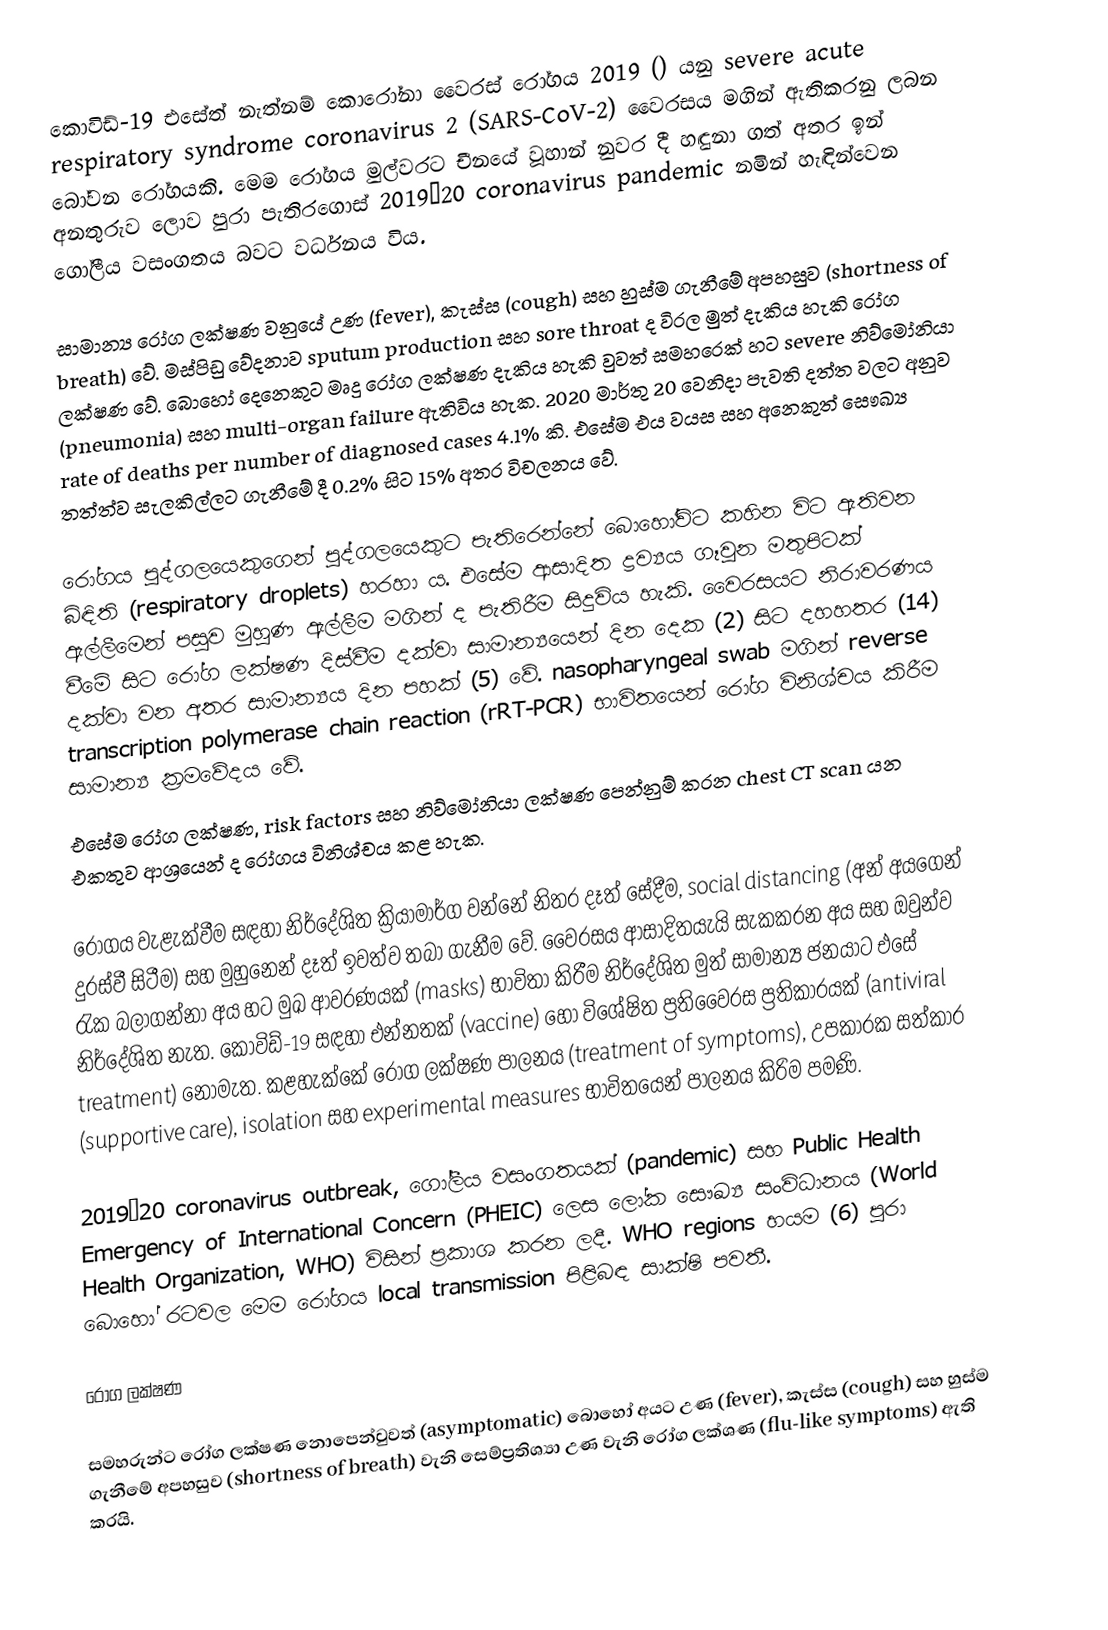
කොවිඩ්-19 එසේත් නැත්නම් කොරෝනා වෛරස් රෝගය 2019 () යනු severe acute respiratory syndrome coronavirus 2 (SARS-CoV-2) වෛරසය මගින් ඇතිකරනු ලබන බෝවන රෝගයකි. මෙම රෝගය මුල්වරට චීනයේ වූහාන් නුවර දී හඳුනා ගත් අතර ඉන් අනතුරුව ලොව පුරා පැතිරගොස් 2019–20 coronavirus pandemic නමින් හැඳින්වෙන ගෝලීය වසංගතය බවට වර්ධනය විය.

සාමාන්‍ය රෝග ලක්ෂණ වනුයේ උණ (fever), කැස්ස (cough) සහ හුස්ම ගැනීමේ අපහසුව (shortness of breath) වේ. මස්පිඩු වේදනාව sputum production සහ sore throat ද විරල මුත් දැකිය හැකි රෝග ලක්ෂණ වේ. බොහෝ දෙනෙකුට මෘදු රෝග ලක්ෂණ දැකිය හැකි වුවත්  සමහරෙක් හට severe නිව්මෝනියා (pneumonia) සහ multi-organ failure ඇතිවිය හැක. 2020 මාර්තු 20 වෙනිදා පැවති දත්ත වලට අනුව rate of deaths per number of diagnosed cases 4.1% කි. එසේම එය වයස සහ අනෙකුත් සෞඛ්‍ය තත්ත්ව සැලකිල්ලට ගැනීමේ දී 0.2% සිට 15% අතර විචලනය වේ.

රෝගය පුද්ගලයෙකුගෙන් පුද්ගලයෙකුට පැතිරෙන්නේ බොහෝවිට කහින විට ඇතිවන බිඳිති (respiratory droplets) හරහා ය. එසේම ආසාදිත ද්‍රව්‍යය ගෑවුන මතුපිටක් ඇල්ලීමෙන් පසුව මුහුණ ඇල්ලීම මගින් ද පැතිරීම සිදුවිය හැකි. වෛරසයට නිරාවරණය වීමේ සිට රෝග ලක්ෂණ දිස්වීම දක්වා සාමාන්‍යයෙන් දින දෙක (2) සිට දහහතර (14) දක්වා වන අතර සාමාන්‍යය දින පහක් (5) වේ. nasopharyngeal swab මගින් reverse transcription polymerase chain reaction (rRT-PCR) භාවිතයෙන් රෝග විනිශ්චය කිරීම සාමාන්‍ය ක්‍රමවේදය වේ.
එසේම රෝග ලක්ෂණ, risk factors සහ නිව්මෝනියා ලක්ෂණ පෙන්නුම් කරන chest CT scan යන එකතුව ආශ්‍රයෙන් ද රෝගය විනිශ්චය කළ හැක.

රෝගය වැළැක්වීම සඳහා නිර්දේශිත ක්‍රියාමාර්ග වන්නේ නිතර දෑත් සේදීම, social distancing (අන් අයගෙන් දුරස්වී සිටීම) සහ මුහුනෙන් දෑත් ඉවත්ව තබා ගැනීම වේ. වෛරසය ආසාදිතයැයි සැකකරන අය සහ ඔවුන්ව රැක බලාගන්නා අය හට මුඛ ආවරණයක් (masks) භාවිතා කිරීම නිර්දේශිත මුත් සාමාන්‍ය ජනයාට එසේ නිර්දේශිත නැත. කොවිඩ්-19 සඳහා එන්නතක් (vaccine) හෝ විශේෂිත ප්‍රතිවෛරස ප්‍රතිකාරයක් (antiviral treatment) නොමැත. කළහැක්කේ රෝග ලක්ෂණ පාලනය (treatment of symptoms), උපකාරක සත්කාර (supportive care), isolation සහ experimental measures භාවිතයෙන් පාලනය කිරිම පමණි.

2019–20 coronavirus outbreak, ගෝලීය වසංගතයක් (pandemic) සහ Public Health Emergency of International Concern (PHEIC) ලෙස ලෝක සෞඛ්‍ය සංවිධානය (World Health Organization, WHO) විසින් ප්‍රකාශ කරන ලදී. WHO regions හයම (6) පුරා බොහෝ රටවල මෙම රෝගය local transmission පිළිබඳ සාක්ෂි පවතී.

රෝග ලක්ෂණ

සමහරුන්ට රෝග ලක්ෂණ නොපෙන්වුවත් (asymptomatic) බොහෝ අයට උණ (fever), කැස්ස (cough) සහ හුස්ම ගැනීමේ අපහසුව (shortness of breath) වැනි සෙම්ප්‍රතිශ්‍යා උණ වැනි රෝග ලක්ශණ (flu-like symptoms) ඇති කරයි.